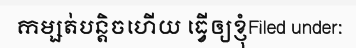
កម្សត់បន្តិចហើយ ធ្វើឲ្យខ្ញុំFiled under: